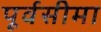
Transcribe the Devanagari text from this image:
पूर्वसीमा